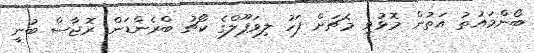
ބޯންމައުތު އަތުން މޮޅުވި މެޗަށް ފަހު ލިވަޕޫލްގެ ކޯޗު ބްރެންޑަން ރޮޖާސް ބުނީ